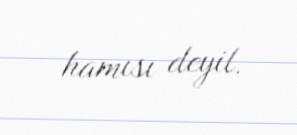
hamısı deyil.